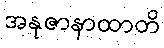
အနုဇာနာထာတိ